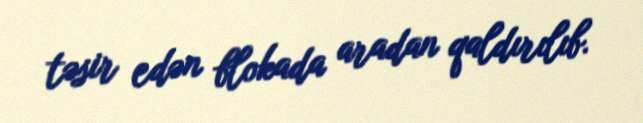
təsir edən blokada aradan qaldırılıb.